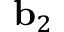
\mathbf { b } _ { 2 }